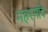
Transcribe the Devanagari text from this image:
महरगाँव